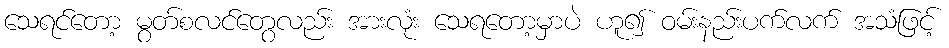
သေရင်တော့ မွတ်စလင်တွေလည်း အားလုံး သေရတော့မှာပဲ ဟူ၍ ဝမ်းနည်းပက်လက် အသံဖြင့်